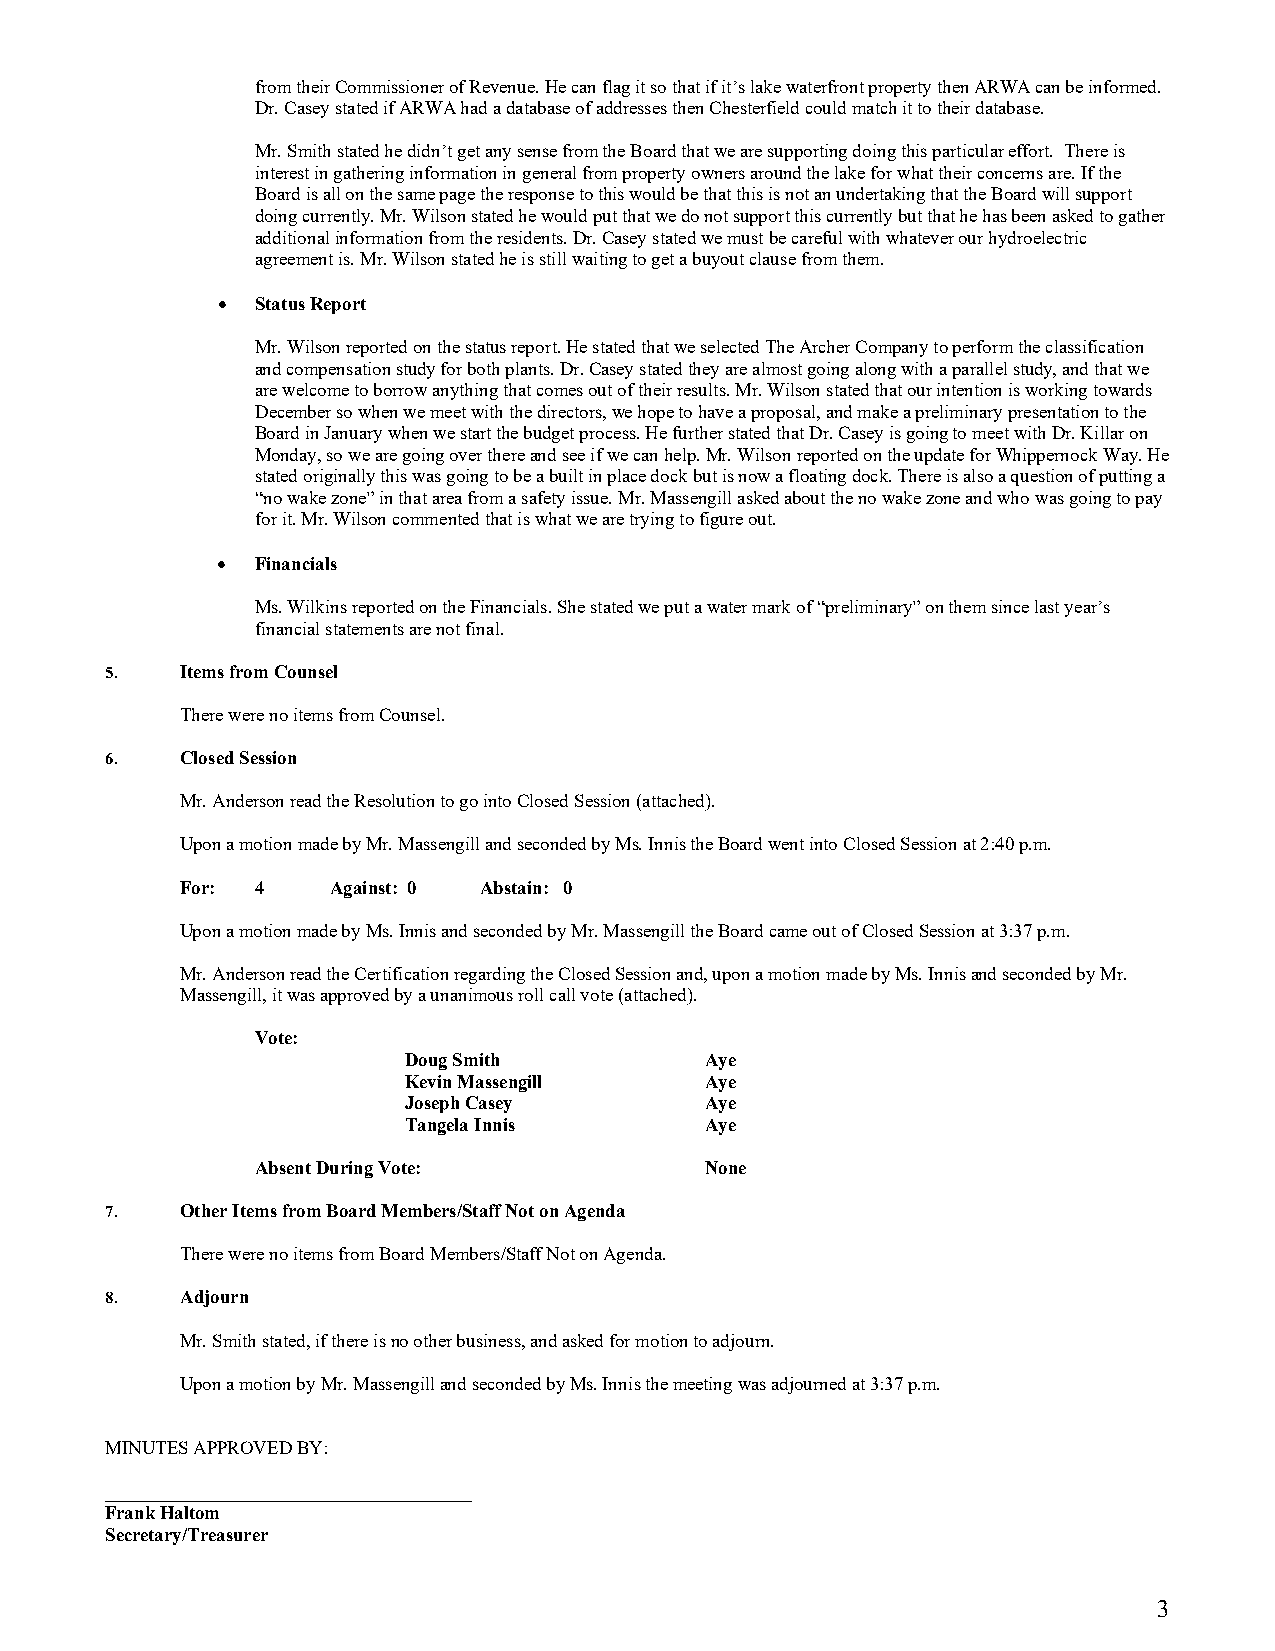
from their Commissioner of Revenue. He can flag it so that if it’s lake waterfront property then ARWA can be informed.
 Dr. Casey stated if ARWA had a database of addresses then Chesterfield could match it to their database.
 Mr. Smith stated he didn’t get any sense from the Board that we are supporting doing this particular effort. There is
 interest in gathering information in general from property owners around the lake for what their concerns are. If the
 Board is all on the same page the response to this would be that this is not an undertaking that the Board will support
 doing currently. Mr. Wilson stated he would put that we do not support this currently but that he has been asked to gather
 additional information from the residents. Dr. Casey stated we must be careful with whatever our hydroelectric
 agreement is. Mr. Wilson stated he is still waiting to get a buyout clause from them.
 •  Status Report
 Mr. Wilson reported on the status report. He stated that we selected The Archer Company to perform the classification
 and compensation study for both plants. Dr. Casey stated they are almost going along with a parallel study, and that we
 are welcome to borrow anything that comes out of their results. Mr. Wilson stated that our intention is working towards
 December so when we meet with the directors, we hope to have a proposal, and make a preliminary presentation to the
 Board in January when we start the budget process. He further stated that Dr. Casey is going to meet with Dr. Killar on
 Monday, so we are going over there and see if we can help. Mr. Wilson reported on the update for Whippernock Way. He
 stated originally this was going to be a built in place dock but is now a floating dock. There is also a question of putting a
 “no wake zone” in that area from a safety issue. Mr. Massengill asked about the no wake zone and who was going to pay
 for it. Mr. Wilson commented that is what we are trying to figure out.
 •  Financials
 Ms. Wilkins reported on the Financials. She stated we put a water mark of “preliminary” on them since last year’s
 financial statements are not final.
 5.   Items from Counsel
 There were no items from Counsel.
 6.   Closed Session
 Mr. Anderson read the Resolution to go into Closed Session (attached).
 Upon a motion made by Mr. Massengill and seconded by Ms. Innis the Board went into Closed Session at 2:40 p.m.
 For: 4    Against: 0 Abstain: 0
 Upon a motion made by Ms. Innis and seconded by Mr. Massengill the Board came out of Closed Session at 3:37 p.m.
 Mr. Anderson read the Certification regarding the Closed Session and, upon a motion made by Ms. Innis and seconded by Mr.
 Massengill, it was approved by a unanimous roll call vote (attached).
 Vote:
 Doug Smith          Aye
 Kevin Massengill    Aye
 Joseph Casey        Aye
 Tangela Innis       Aye
 Absent During Vote:           None
 7.   Other Items from Board Members/Staff Not on Agenda
 There were no items from Board Members/Staff Not on Agenda.
 8.   Adjourn
 Mr. Smith stated, if there is no other business, and asked for motion to adjourn.
 Upon a motion by Mr. Massengill and seconded by Ms. Innis the meeting was adjourned at 3:37 p.m.
 MINUTES APPROVED BY:
 _______________________________________
 Frank Haltom
 Secretary/Treasurer
 3